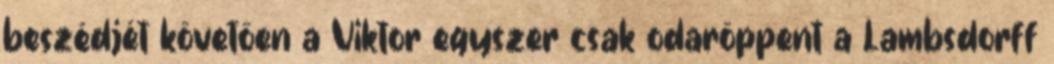
beszédjét követően a Viktor egyszer csak odaröppent a Lambsdorff